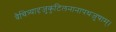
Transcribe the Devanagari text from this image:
वैचित्र्यादृजुकुटिलनानापथजुषाम्।